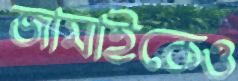
জামাইকেও